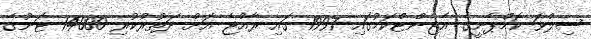
ސިލްވަ ކޮމްޕެނީގެ އެޖެންޓްކަމުގައި 1997 ގައި ރާއްޖެ އަށް ދަތުރުކުރި 14000 ޓަނުގެ